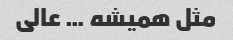
مثل همیشه … عالی